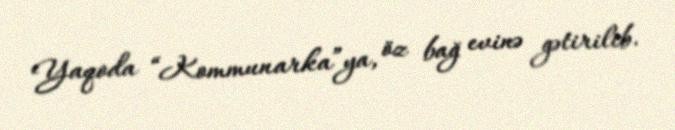
Yaqoda “Kommunarka”ya, öz bağ evinə gətirilib.